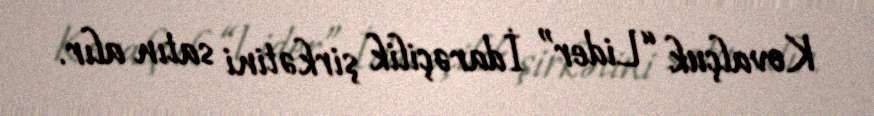
Kovalçuk “Lider” İdarəçilik şirkətini satın alır.